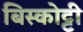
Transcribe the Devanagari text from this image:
बिस्कोट्टी